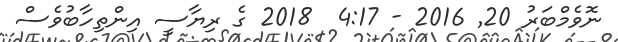
ނޮވެމްބަރު 20